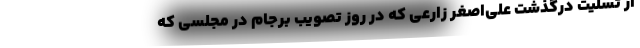
از تسلیت درگذشت علی‌اصغر زارعی که در روز تصویب برجام در مجلسی که